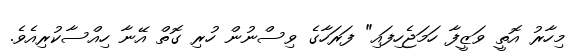
މިހާރު އޮތީ ވަޒީފާ ހަމަޖެހިފައި" ފަރަހާގެ ވިސްނުން ހުރި ގޮތް އޭނާ ހިއްސާކުރިއެވެ.